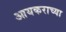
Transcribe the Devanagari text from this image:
आयकराच्या